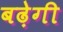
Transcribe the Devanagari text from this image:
बढे़गी